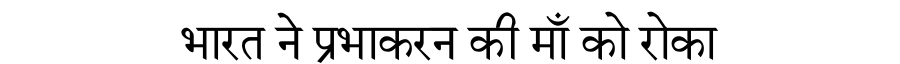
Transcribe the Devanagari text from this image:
भारत ने प्रभाकरन की माँ को रोका